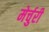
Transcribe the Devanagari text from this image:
मेर्चुरी